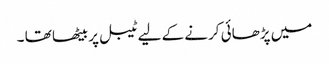
میں پڑھائی کرنے کے لیے ٹیبل پر بیٹھا تھا ۔